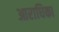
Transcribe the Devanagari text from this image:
आराधिका